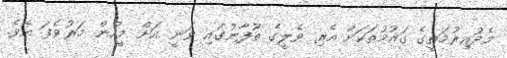
މެދުއިރުމަތީގެ ގައުމުތަކަށް އެރި ވެލީގެ ތޫފާނުގައި ވަނީ އަށް މީހުން މަރުވެފަ އެވެ.